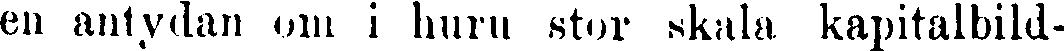
en antydan om i huru stor skala kapitalbild-